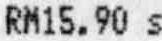
RM15.90 S